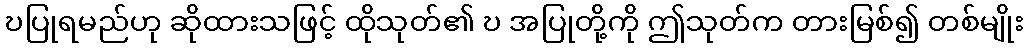
ဎပြုရမည်ဟု ဆိုထားသဖြင့် ထိုသုတ်၏ ဎ အပြုတို့ကို ဤသုတ်က တားမြစ်၍ တစ်မျိုး